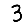
Digit: 3